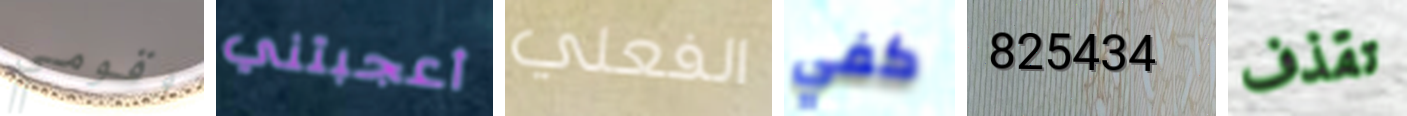
وقومي أعجبتني الفعلي كفي 825434 تقذف